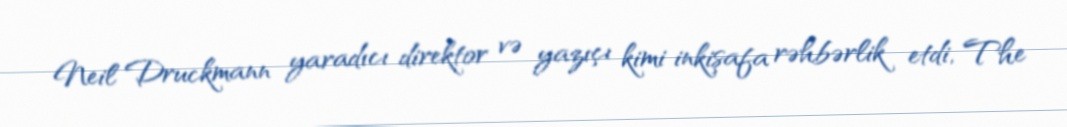
Neil Druckmann yaradıcı direktor və yazıçı kimi inkişafa rəhbərlik etdi, The